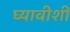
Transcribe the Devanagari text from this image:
घ्यावीशी